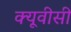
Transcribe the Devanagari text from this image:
क्यूवीसी